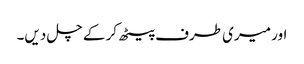
اور میری طرف پیٹھ کر کے چل دیں۔